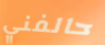
حالفني